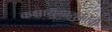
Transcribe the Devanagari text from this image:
कक्षायुगायुगांची